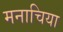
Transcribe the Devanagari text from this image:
मनाचिया